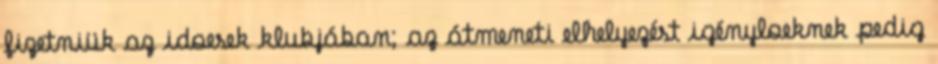
fizetniük az idœsek klubjában; az átmeneti elhelyezést igénylœknek pedig